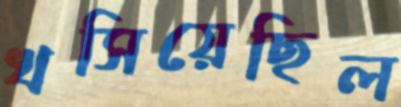
খসিয়েছিল